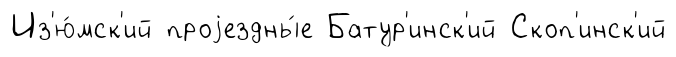
Из'ю́мск'ий проjездны́е Батур'инск'ий Скоп'инск'ий